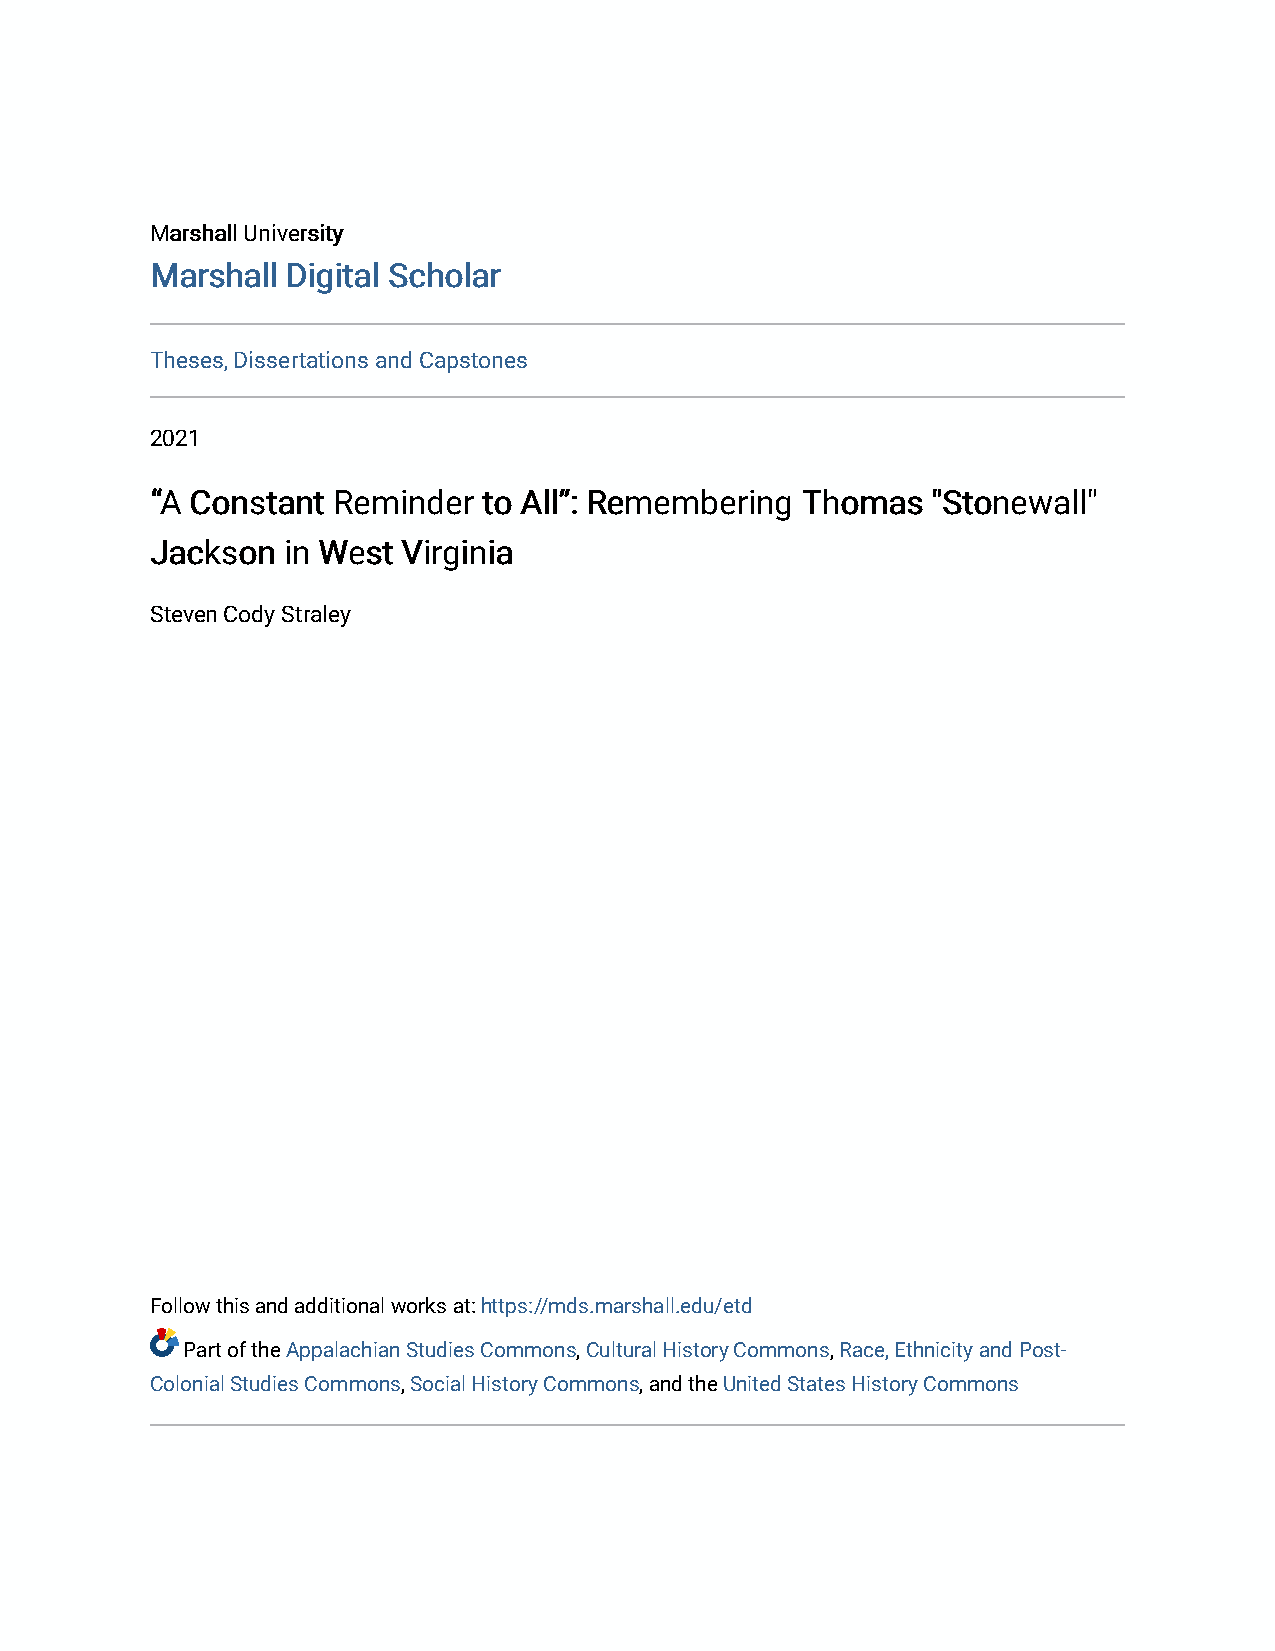
MMaarrsshhaallll UUnniivveerrssiittyy
 MMaarrsshhaallll DDiiggiittaall SScchhoollaarr
 Theses, Dissertations and Capstones
 2021
 ““AA CCoonnssttaanntt RReemmiinnddeerr ttoo AAllll””:: RReemmeemmbbeerriinngg TThhoommaass ""SSttoonneewwaallll""
 JJaacckkssoonn iinn WWeesstt VViirrggiinniiaa
 Steven Cody Straley
 Follow this and additional works at: https://mds.marshall.edu/etd
 Part of the Appalachian Studies Commons, Cultural History Commons, Race, Ethnicity and Post-
 Colonial Studies Commons, Social History Commons, and the United States History Commons